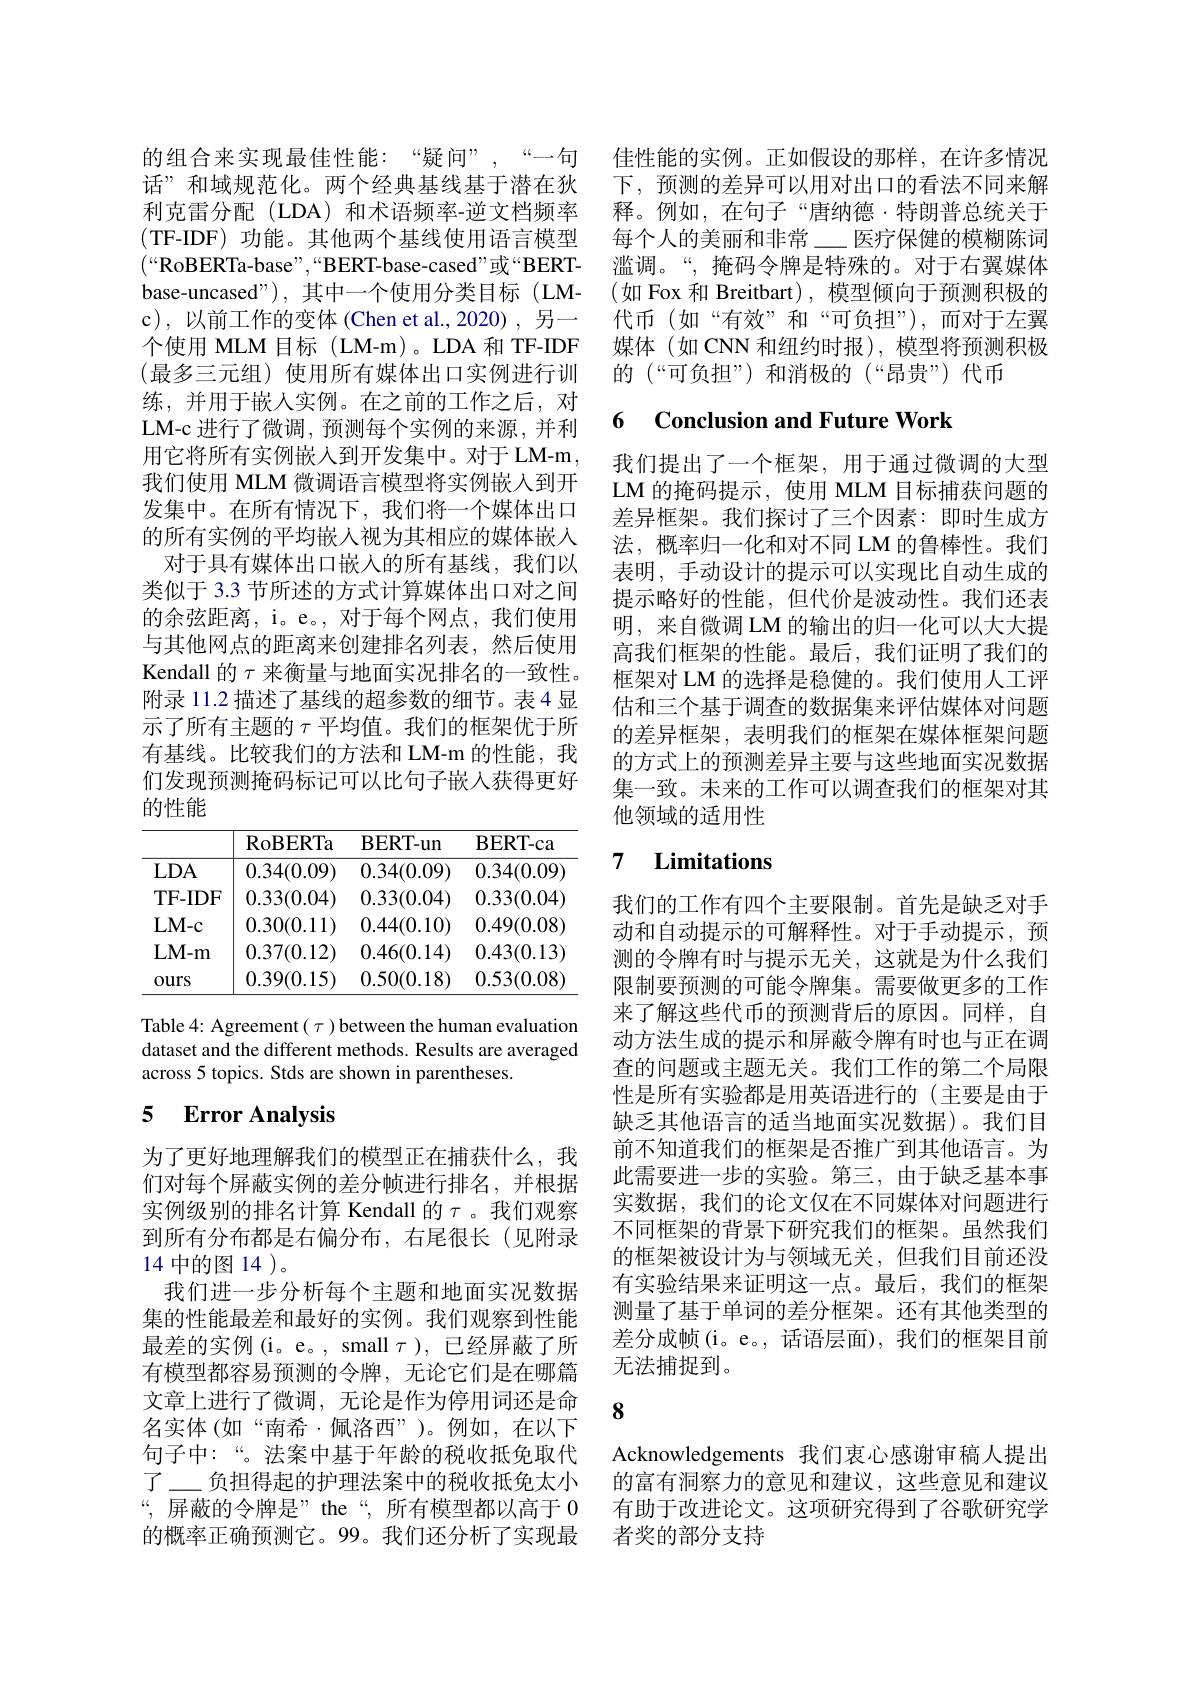
的组合来实现最佳性能：“疑问”,“一句话”和域规范化。两个经典基线基于潜在狄利克雷分配(LDA)和术语频率-逆文档频率(TF-IDF) 功能。其他两个基线使用语言模型$(“$RoBERTa-base”,“BERT-base-cased”或“BERTbase-uncased"),其中一个使用分类目标(LMc) , 以前工作的变体(Chen et al.,2020),另一个使用 MLM 目标(LM-m)。LDA 和 TF-IDF (最多三元组)使用所有媒体出口实例进行训练，并用于嵌入实例。在之前的工作之后，对LM-c 进行了微调，预测每个实例的来源，并利用它将所有实例嵌入到开发集中。对于 LM-m, 我们使用 MLM 微调语言模型将实例嵌入到开发集中。在所有情况下，我们将一个媒体出口的所有实例的平均嵌入视为其相应的媒体嵌入对于具有媒体出口嵌入的所有基线，我们以类似于 3.3 节所述的方式计算媒体出口对之间的余弦距离，i。e。, 对于每个网点，我们使用与其他网点的距离来创建排名列表，然后使用Kendall 的$\tau$来衡量与地面实况排名的一致性。附录 11.2 描述了基线的超参数的细节。表 4 显示了所有主题的$\tau$平均值。我们的框架优于所有基线。比较我们的方法和 LM-m 的性能，我们发现预测掩码标记可以比句子嵌入获得更好的性能

<table>
	<tbody>
		<tr>
			<th> </th>
			<th>RoBERTa</th>
			<th>BERT- un</th>
			<th>BERT- ca</th>
		</tr>
		<tr>
			<td>$LDA$</td>
			<td>0.34(0.09)</td>
			<td>0.34(0.09)</td>
			<td>0.34(0.09)</td>
		</tr>
		<tr>
			<td>TF-IDF</td>
			<td>0.33(0.04)</td>
			<td>0.33(0.04)</td>
			<td>0.33(0.04)</td>
		</tr>
		<tr>
			<td>$LM-c$</td>
			<td>0.30(0.11)</td>
			<td>0.44(0.10)</td>
			<td>0.49(0.08</td>
		</tr>
		<tr>
			<td>$LM-m$</td>
			<td>0.37(0.12)</td>
			<td>0.46(0.14)</td>
			<td>0.43(0.13)</td>
		</tr>
		<tr>
			<td>Ours</td>
			<td>0.39(0.15)</td>
			<td>0.50(0.18)</td>
			<td>0.53(0.08</td>
		</tr>
	</tbody>
</table>

Table 4: Agreement $(\tau)$ between the human evaluation dataset and the different methods. Results are averaged across 5 topics. Stds are shown in parentheses

## 5 $\textbf{Error Analysis}$

到所有分布都是右偏分布，右尾很长(见附录
14 中的图 14 )。

为了更好地理解我们的模型正在捕获什么，我们对每个屏蔽实例的差分帧进行排名，并根据实例级别的排名计算 Kendall 的$\tau$ 。我们观察
我们进一步分析每个主题和地面实况数据集的性能最差和最好的实例。我们观察到性能最差的实例(i。e。, small $\tau)$,已经屏蔽了所有模型都容易预测的令牌，无论它们是在哪篇文章上进行了微调，无论是作为停用词还是命名实体(如“南希·佩洛西”)。例如，在以下句子中：“。法案中基于年龄的税收抵免取代了\_负担得起的护理法案中的税收抵免太小“,屏蔽的令牌是”the“,所有模型都以高于0的概率正确预测它。99。我们还分析了实现最

佳性能的实例。正如假设的那样，在许多情况下，预测的差异可以用对出口的看法不同来解释。例如，在句子“唐纳德·特朗普总统关于每个人的美丽和非常\_ 医疗保健的模糊陈词滥调。“,掩码令牌是特殊的。对于右翼媒体(如 Fox 和 Breitbart), 模型倾向于预测积极的代币(如“有效”和“可负担”),而对于左翼媒体(如 CNN 和纽约时报), 模型将预测积极的 (“可负担”)和消极的(“昂贵”)代币

### 6 $\textbf{Conclusion and Future Work}$

我们提出了一个框架，用于通过微调的大型LM 的掩码提示，使用 MLM 目标捕获问题的差异框架。我们探讨了三个因素：即时生成方法，概率归一化和对不同 LM 的鲁棒性。我们表明，手动设计的提示可以实现比自动生成的提示略好的性能，但代价是波动性。我们还表明，来自微调 LM 的输出的归一化可以大大提高我们框架的性能。最后，我们证明了我们的框架对 LM 的选择是稳健的。我们使用人工评估和三个基于调查的数据集来评估媒体对问题的差异框架，表明我们的框架在媒体框架问题的方式上的预测差异主要与这些地面实况数据集一致。未来的工作可以调查我们的框架对其他领域的适用性

## 7 Limitations

我们的工作有四个主要限制。首先是缺乏对手动和自动提示的可解释性。对于手动提示，预测的令牌有时与提示无关，这就是为什么我们限制要预测的可能令牌集。需要做更多的工作来了解这些代币的预测背后的原因。同样，自动方法生成的提示和屏蔽令牌有时也与正在调查的问题或主题无关。我们工作的第二个局限性是所有实验都是用英语进行的(主要是由于缺乏其他语言的适当地面实况数据)。我们目前不知道我们的框架是否推广到其他语言。为此需要进一步的实验。第三，由于缺乏基本事实数据，我们的论文仅在不同媒体对问题进行不同框架的背景下研究我们的框架。虽然我们的框架被设计为与领域无关，但我们目前还没有实验结果来证明这一点。最后，我们的框架测量了基于单词的差分框架。还有其他类型的差分成帧(i。e。, 话语层面), 我们的框架目前无法捕捉到。

8

Acknowledgements 我们衷心感谢审稿人提出的富有洞察力的意见和建议，这些意见和建议有助于改进论文。这项研究得到了谷歌研究学者奖的部分支持